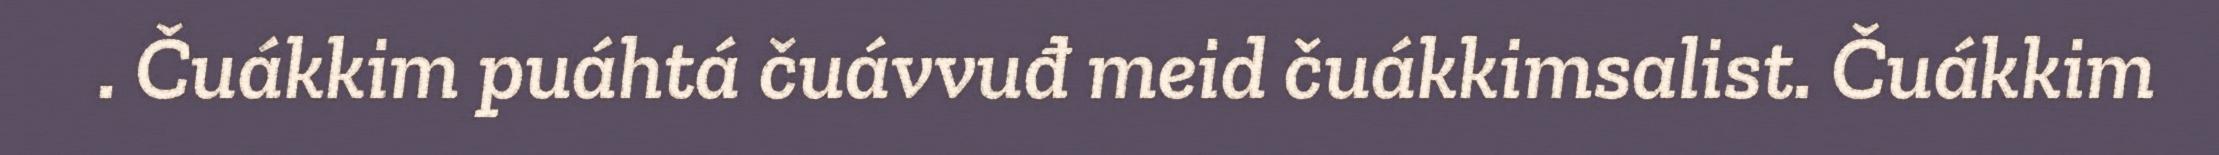
. Čuákkim puáhtá čuávvuđ meid čuákkimsalist. Čuákkim